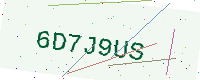
Text: 6D7J9US